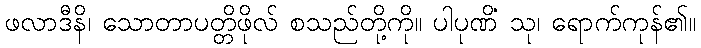
ဖလာဒီနိ၊ သောတာပတ္တိဖိုလ် စသည်တို့ကို။ ပါပုဏိံ သု၊ ရောက်ကုန်၏။